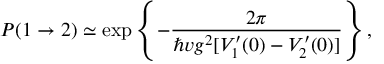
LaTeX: P ( 1 \rightarrow 2 ) \simeq \exp \left\{ - { \frac { 2 \pi } { \hbar v g ^ { 2 } [ V _ { 1 } ^ { \prime } ( 0 ) - V _ { 2 } ^ { \prime } ( 0 ) ] } } \right\} ,